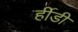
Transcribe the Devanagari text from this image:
र्हीडी